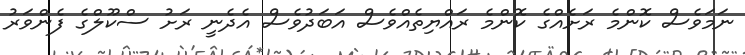
ނަމަވެސް ކޮންމެ ރަށެއްގެ ކޮންމެ ރައްޔިތެއްވެސް އަބަދުވެސް އެދެނީ ރަށު ސްކޫލްގެ ފެންވަރު